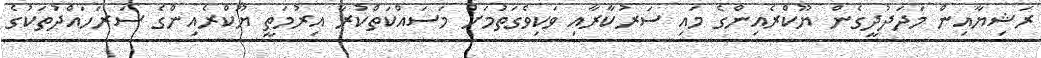
ރަޝިޔާއިން މަދަދުދީގެން ޔޫކްރެއިންގެ މައި ސަރުކާރާއި ވަކިވެގަތުމަށް މަސައްކަތްކުރާ އިރުމަތީ ޔޫކްރެއިންގެ ސަރަހައްދުތަކުގެ